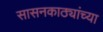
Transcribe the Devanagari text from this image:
सासनकाठ्यांच्या